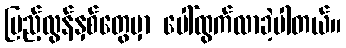
ပြည့်လွန်နှစ်တွေမှာ ပေါ်ထွက်လာခဲ့ပါတယ်။